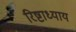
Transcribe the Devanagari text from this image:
रिष्टाध्याय